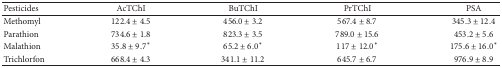
<table><thead><tr><td><b>Pesticides</b></td><td><b>AcTChI</b></td><td><b>BuTChI</b></td><td><b>PrTChI</b></td><td><b>PSA</b></td></tr></thead><tbody><tr><td>Methomyl</td><td>122.4 ± 4.5</td><td>456.0 ± 3.2</td><td>567.4 ± 8.7</td><td>345.3 ± 12.4</td></tr><tr><td>Parathion</td><td>734.6 ± 1.8</td><td>823.3 ± 3.5</td><td>789.0 ± 15.6</td><td>453.2 ± 5.6</td></tr><tr><td>Malathion</td><td>35.8 ± 9.7*</td><td>65.2 ± 6.0*</td><td>117 ± 12.0*</td><td>175.6 ± 16.0*</td></tr><tr><td>Trichlorfon</td><td>668.4 ± 4.3</td><td>341.1 ± 11.2</td><td>645.7 ± 6.7</td><td>976.9 ± 8.9</td></tr></tbody></table>